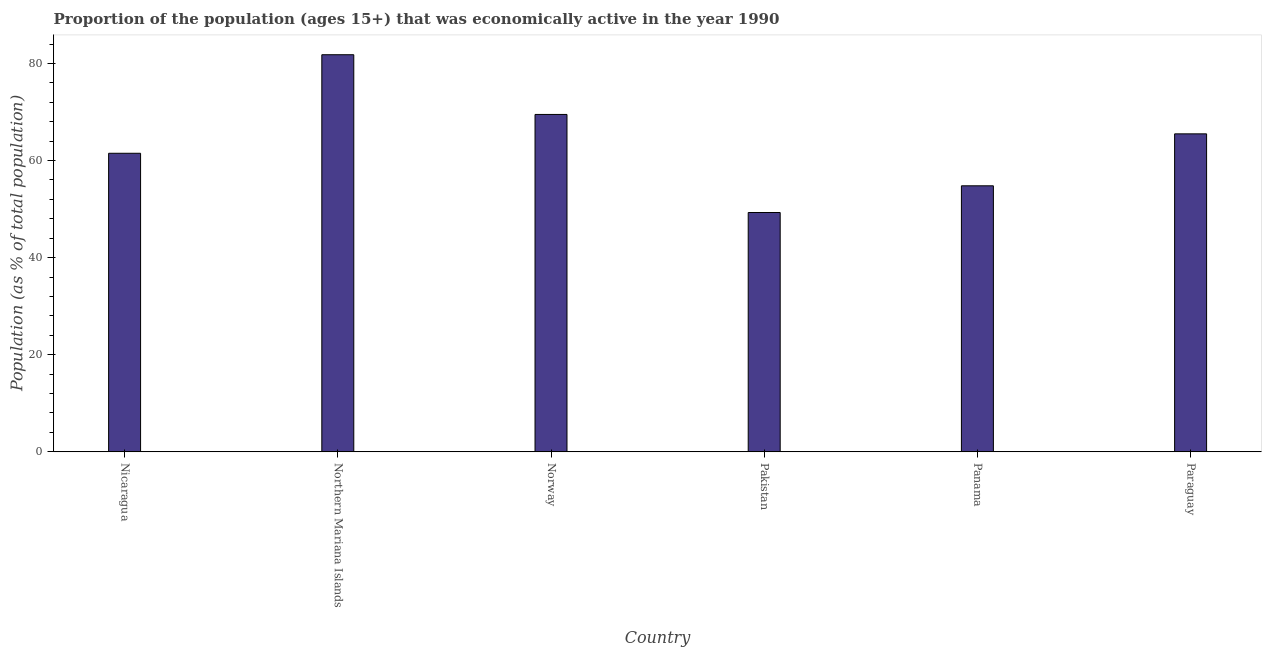
| Country | Labor force participation rate total |
 | --- | --- |
 | Nicaragua | 61.5 |
 | Northern Mariana Islands | 81.8 |
 | Norway | 69.5 |
 | Pakistan | 49.3 |
 | Panama | 54.8 |
 | Paraguay | 65.5 |